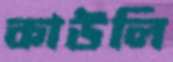
কাউলি